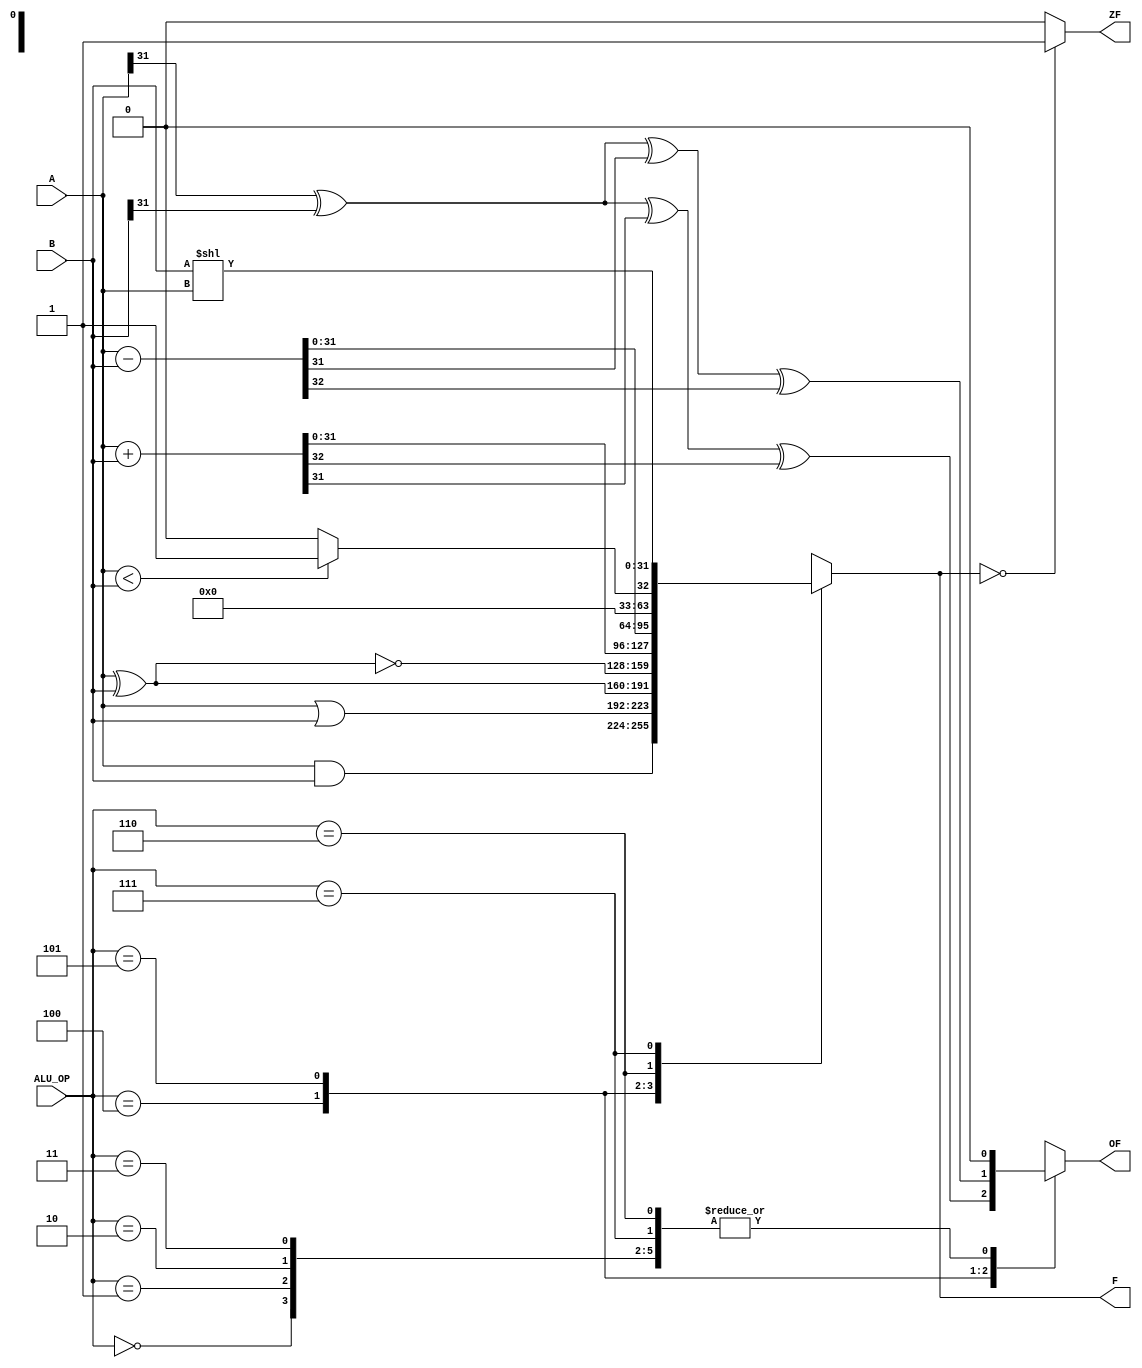
`timescale 1ns / 1ps
//////////////////////////////////////////////////////////////////////////////////
// Company: 
// Engineer: 
// 
// Design Name: 
// Module Name:    ALU 
// Project Name: 
// Target Devices: 
// Tool versions: 
// Description: 
//
// Dependencies: 
//
// Revision: 
// Revision 0.01 - File Created
// Additional Comments: 
//
//////////////////////////////////////////////////////////////////////////////////
module ALU(A,B,F,ALU_OP,ZF,OF);
input [31:0]A,B;
input [2:0]ALU_OP;
output reg ZF,OF;
output reg[31:0]F;
reg C32;
always@(*)
begin
 OF=1'b0;
 C32=1'b0;
 case(ALU_OP)
 3'b000:F=A&B;
 3'b001:F=A|B;
 3'b010:F=A^B;
 3'b011:F=~(A^B);
 3'b100:begin {C32,F}=A+B;OF=A[31]^B[31]^F[31]^C32;end
 3'b101:begin {C32,F}=A-B;OF=A[31]^B[31]^F[31]^C32;end
 3'b110:
 if(A<B)
   F=1;
 else
   F=0;
 3'b111:F=B<<A;
 endcase
 if(F==0)
  ZF=1;
 else
  ZF=0;
 end
 endmodule